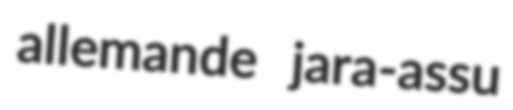
allemande jara-assu